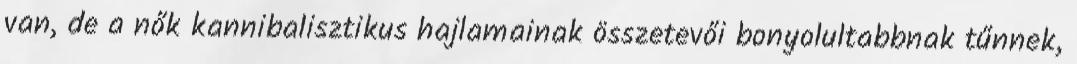
van, de a nők kannibalisztikus hajlamainak összetevői bonyolultabbnak tűnnek,